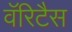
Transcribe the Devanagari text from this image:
वॅरिटैस